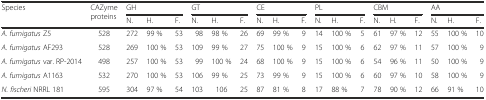
| <ROWSPAN=2> Species | <ROWSPAN=2> CAZyme proteins | <COLSPAN=3> GH | <COLSPAN=3> GT | <COLSPAN=3> CE | <COLSPAN=3> PL | <COLSPAN=3> CBM | <COLSPAN=3> AA |
 | N. | H. | F. | N. | H. | F. | N. | H. | F. | N. | H. | F. | N. | H. | F. | N. | H. | F. |
 | --- | --- | --- | --- | --- | --- | --- | --- | --- | --- | --- | --- | --- | --- | --- | --- | --- | --- | --- | --- |
 | A. fumigatus Z5 | 528 | 272 | 99 % | 53 | 98 | 98 % | 26 | 69 | 99 % | 9 | 14 | 100 % | 5 | 61 | 97 % | 12 | 55 | 100 % | 10 |
 | A. fumigatus AF293 | 528 | 269 | 100 % | 53 | 109 | 99 % | 27 | 75 | 100 % | 9 | 15 | 100 % | 6 | 62 | 97 % | 11 | 57 | 100 % | 9 |
 | A. fumigatus var. RP-2014 | 498 | 257 | 100 % | 53 | 99 | 100 % | 24 | 68 | 100 % | 9 | 15 | 100 % | 6 | 54 | 96 % | 11 | 50 | 100 % | 9 |
 | A. fumigatus A1163 | 532 | 270 | 100 % | 53 | 106 | 99 % | 25 | 73 | 99 % | 9 | 15 | 100 % | 6 | 60 | 97 % | 10 | 58 | 100 % | 9 |
 | N. fischeri NRRL 181 | 595 | 304 | 97 % | 54 | 103 | 106 | 25 | 87 | 81 % | 8 | 17 | 88 % | 7 | 78 | 90 % | 12 | 66 | 91 % | 10 |